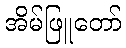
အိမ်ဖြူတော်